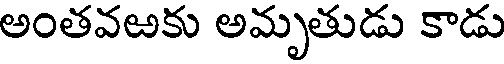
అంతవఱకు అమృతుడు కాడు